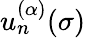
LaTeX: u_{n}^{(\alpha)}(\sigma)